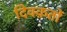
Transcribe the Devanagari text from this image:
दिक्क़तों